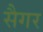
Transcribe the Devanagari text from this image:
सैगर